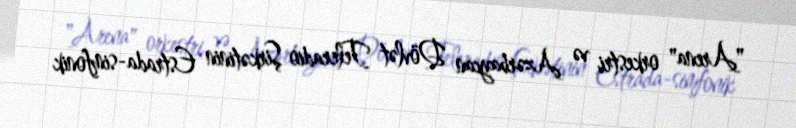
"Arena" orkestri və Azərbaycan Dövlət Teleradio Şirkətinin Estrada-simfonik